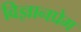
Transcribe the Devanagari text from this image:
विज्ञानप्रेम